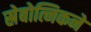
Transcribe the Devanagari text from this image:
स्रेबोत्निकने